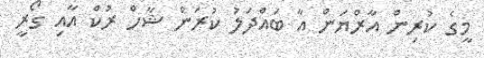
މީގެ ކުރިން އާރްޔަން އާ ބައްދަލު ކުރަން ޝާހް ރުކް އާއި ގޯރީ